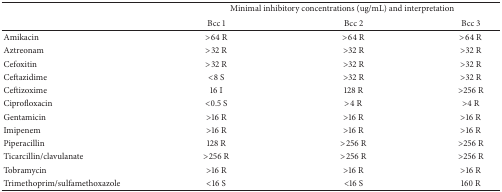
<table><thead><tr><td><b> </b></td><td colspan="3"><b>Minimal inhibitory concentrations (ug/mL) and interpretation</b></td></tr><tr><td><b> </b></td><td><b>Bcc 1</b></td><td><b>Bcc 2</b></td><td><b>Bcc 3</b></td></tr></thead><tbody><tr><td>Amikacin</td><td>&gt;64 R</td><td>&gt;64 R</td><td>&gt;64 R</td></tr><tr><td>Aztreonam</td><td>&gt;32 R</td><td>&gt;32 R</td><td>&gt;32 R</td></tr><tr><td>Cefoxitin</td><td>&gt;32 R</td><td>&gt;32 R</td><td>&gt;32 R</td></tr><tr><td>Ceftazidime</td><td>&lt;8 S</td><td>&gt;32 R</td><td>&gt;32 R</td></tr><tr><td>Ceftizoxime</td><td>16 I</td><td>128 R</td><td>&gt;256 R</td></tr><tr><td>Ciprofloxacin</td><td>&lt;0.5 S</td><td>&gt;4 R</td><td>&gt;4 R</td></tr><tr><td>Gentamicin</td><td>&gt;16 R</td><td>&gt;16 R</td><td>&gt;16 R</td></tr><tr><td>Imipenem</td><td>&gt;16 R</td><td>&gt;16 R</td><td>&gt;16 R</td></tr><tr><td>Piperacillin</td><td>128 R</td><td>&gt;256 R</td><td>&gt;256 R</td></tr><tr><td>Ticarcillin/clavulanate</td><td>&gt;256 R</td><td>&gt;256 R</td><td>&gt;256 R</td></tr><tr><td>Tobramycin</td><td>&gt;16 R</td><td>&gt;16 R</td><td>&gt;16 R</td></tr><tr><td>Trimethoprim/sulfamethoxazole</td><td>&lt;16 S</td><td>&lt;16 S</td><td>160 R</td></tr></tbody></table>